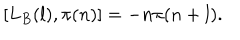
LaTeX: [ L _ { B } ( l ) , \pi ( n ) ] = - n \pi ( n + l ) .